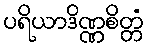
ပရိယာဒိဏ္ဏစိတ္တံ